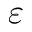
\varepsilon